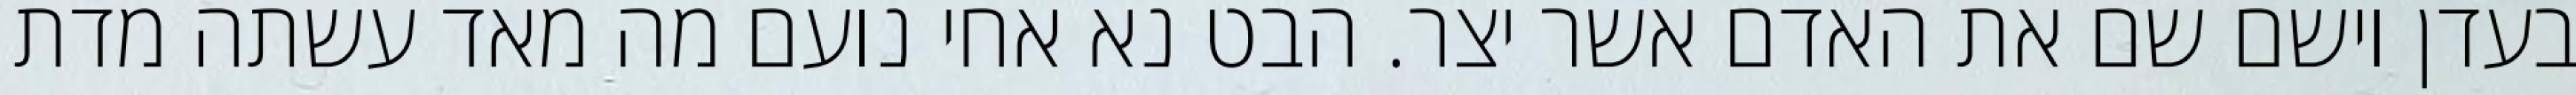
בעדן וישם שם את האדם אשר יצר. הבט נא אחי נועם מה מאד עשתה מדת